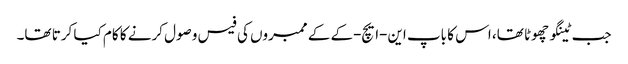
جب ٹینگو چھوٹا تھا، اس کا باپ این-ایچ-کے کے ممبروں کی فیس وصول کرنے کا کام کیا کرتا تھا۔